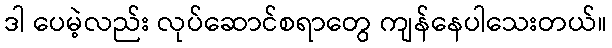
ဒါ ပေမဲ့လည်း လုပ်ဆောင်စရာတွေ ကျန်နေပါသေးတယ်။